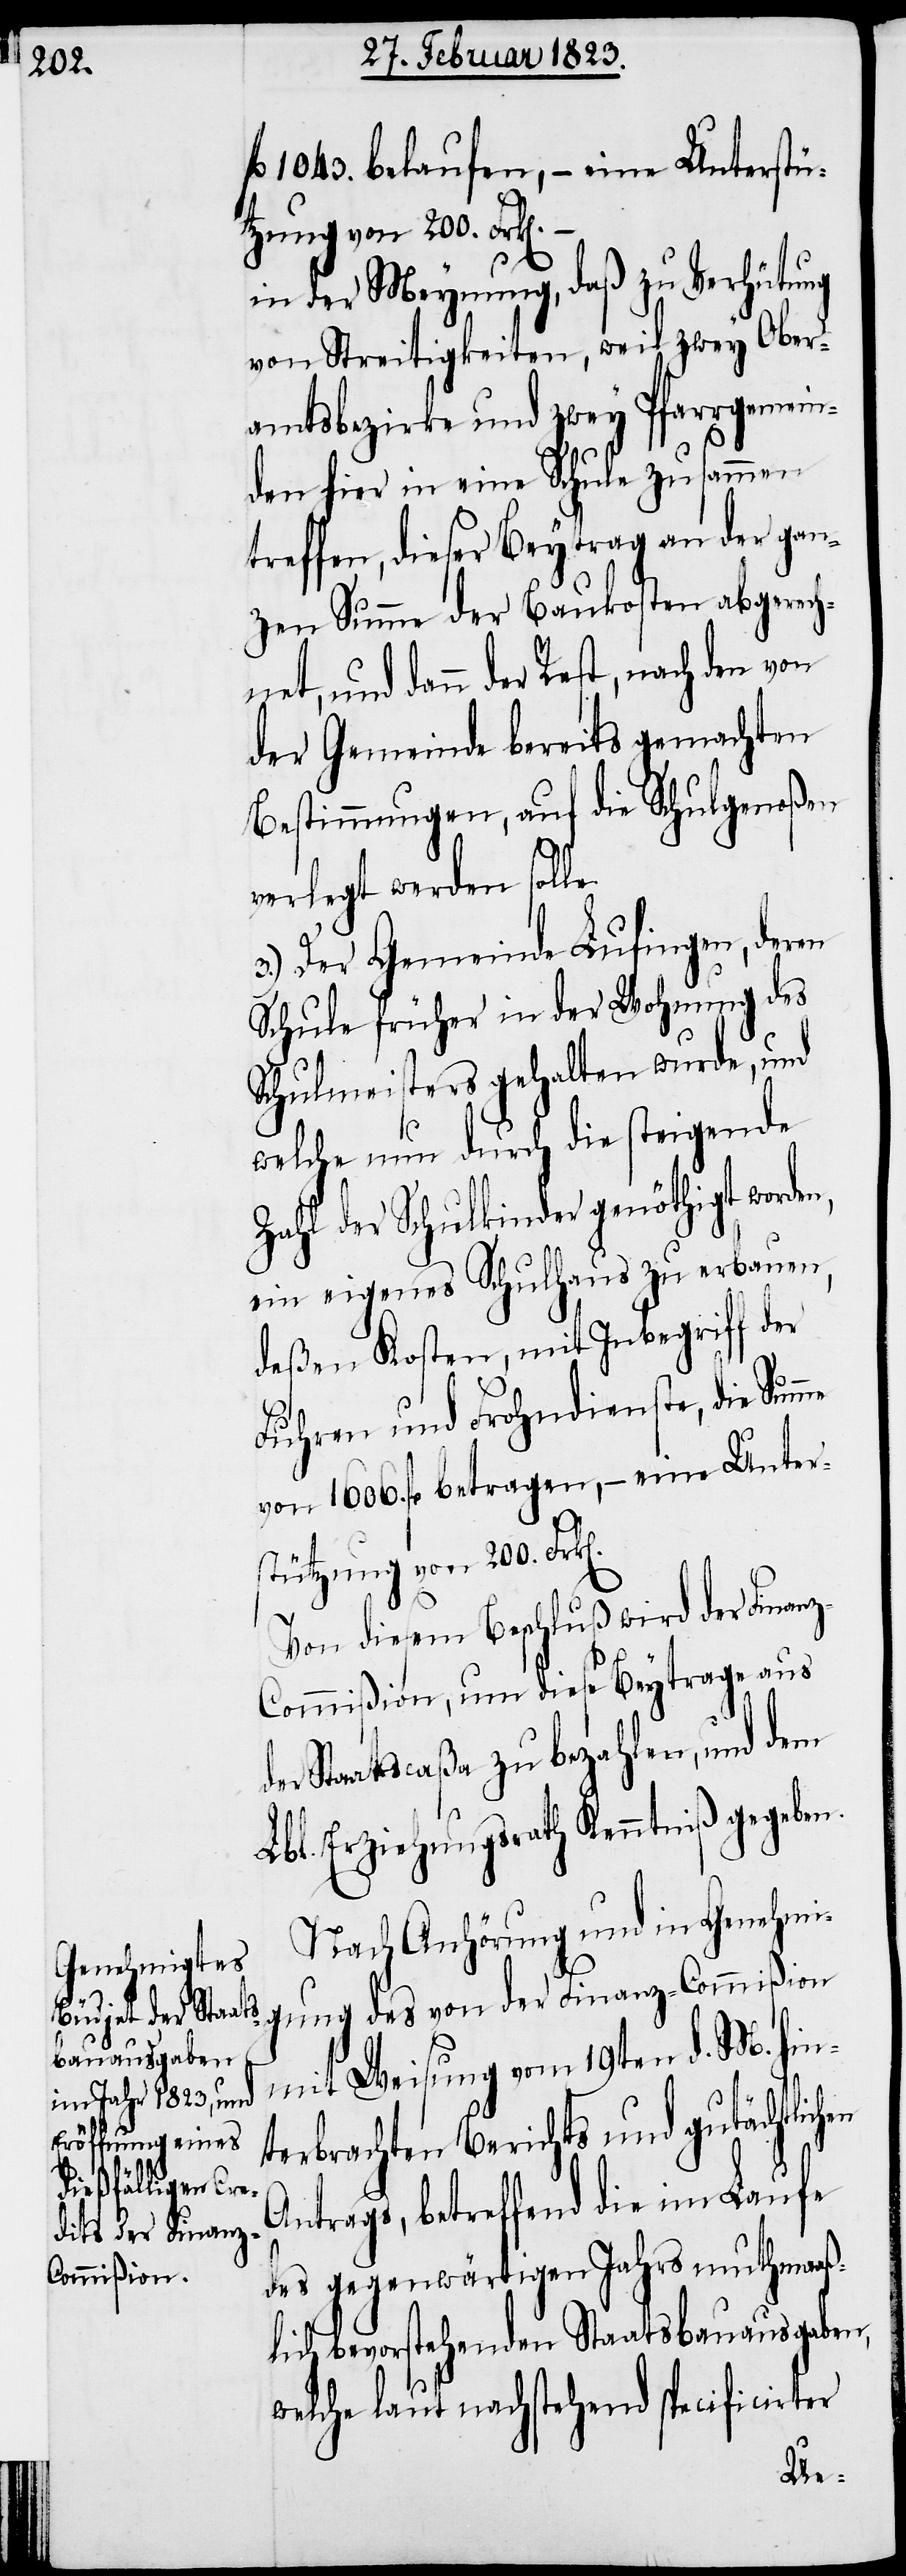
1043. belaufen, – eine Unterstü¬
tzung von 200.
in der Meynung, daß zu Verhütung
von Streitigkeiten, weil zwey Ober¬
amtsbezirke und zwey Pfarrgemein¬
den hier in eine Schule zusammen
treffen, dieser Beytrag an der gan¬
zen Summe der Baukosten abgerech¬
net, und dann der Rest, nach den von
der Gemeinde bereits gemachten
Bestimmungen, auf die Schulgenoßen
verlegt werden solle.
3.) Der Gemeinde Lufingen, deren
Schule früher in der Wohnung des
Schulmeisters gehalten wurde, und
welche nun durch die steigende
Zahl der Schulkinder genöthigt worden,
ein eigenes Schulhaus zu erbauen,
deßen Kosten, mit Inbegriff der
Fuhren und Frohndienste, die Summe
von 1606. fl. betragen, – eine Unter¬
stützung von 200. Frk[e¬
Von diesem Beschluß wird der Finan¬
z-Commißion, um diese Beytrage aus
der Staatscaßa zu bezahlen, und dem
Lbl. Erziehungsrath Kenntniß gegeben.
Nach Anhörung und in Genehmi¬
gung des von der Finanz-Commißion
mit Weisung vom 19ten d. M. hin¬
terbrachten Berichts und gutächtlichen
Antrags, betreffend die im Laufe
des gegenwärtigen Jahrs muthmaaß¬
lich bevorstehenden Staatsbauausgaben,
welche laut nachstehend specificirter
n].